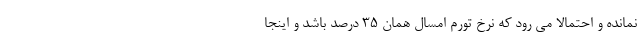
نمانده و احتمالا می رود که نرخ تورم امسال همان 35 درصد باشد و اینجا